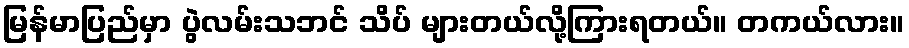
မြန်မာပြည်မှာ ပွဲလမ်းသဘင် သိပ် များတယ်လို့ကြားရတယ်။ တကယ်လား။